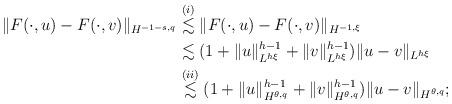
LaTeX: \begin{align*}\begin{aligned}\|F(\cdot, u)-F(\cdot, v)\|_{H^{-1-s,q}}&\stackrel{(i)}{\lesssim} \|F(\cdot, u)-F(\cdot, v)\|_{H^{-1,\xi}}\\&\lesssim (1+\|u\|_{L^{h \xi}}^{h-1}+\|v\|_{L^{h \xi}}^{h-1})\|u-v\|_{L^{h \xi}}\\&\stackrel{(ii)}{\lesssim} (1+\|u\|_{H^{\theta,q}}^{h-1}+\|v\|_{H^{\theta,q}}^{h-1})\|u-v\|_{H^{\theta,q}};\end{aligned}\end{align*}